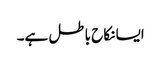
ایسا نکاح باطل ہے۔